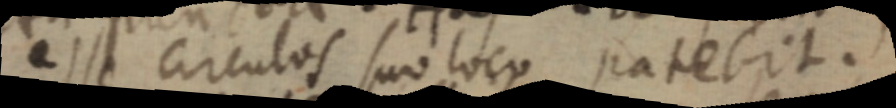
esse circulos suo loco patebit.